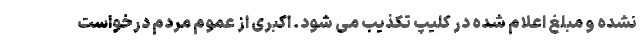
نشده و مبلغ اعلام شده در کلیپ تکذیب می شود. اکبری از عموم مردم درخواست